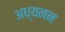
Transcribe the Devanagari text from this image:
अध्यनन